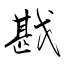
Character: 戡